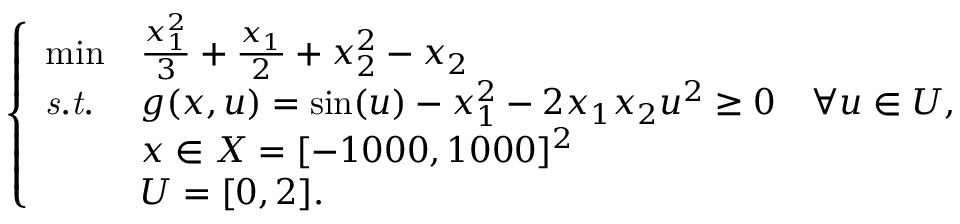
\left\{ \begin{array} { l l l } { \operatorname* { m i n } } & { \frac { x _ { 1 } ^ { 2 } } { 3 } + \frac { x _ { 1 } } { 2 } + x _ { 2 } ^ { 2 } - x _ { 2 } } \\ { \mathit { s . t . } } & { g ( x , u ) = \sin ( u ) - x _ { 1 } ^ { 2 } - 2 x _ { 1 } x _ { 2 } u ^ { 2 } \geq 0 \quad \forall u \in U , } \\ & { x \in X = [ - 1 0 0 0 , 1 0 0 0 ] ^ { 2 } } \\ & { U = [ 0 , 2 ] . } \end{array} \right.